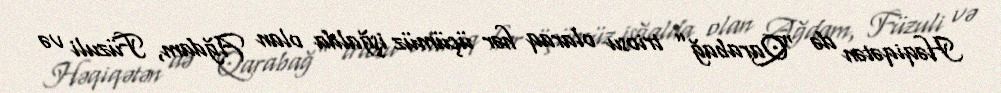
Həqiqətən də “Qarabağ” triosu olaraq hər üçümüz işğalda olan Ağdam, Füzuli və